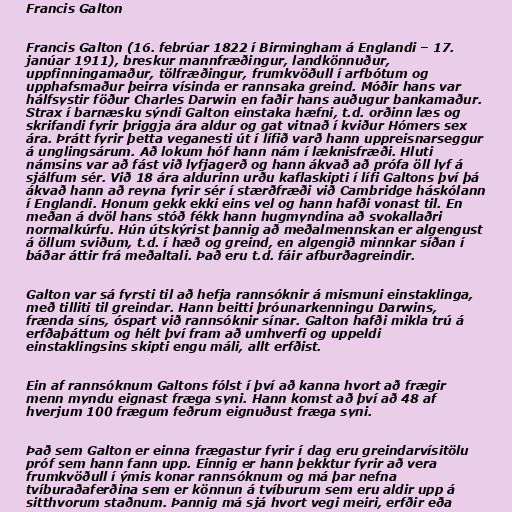
Francis Galton

Francis Galton (16. febrúar 1822 í Birmingham á Englandi – 17.
janúar 1911), breskur mannfræðingur, landkönnuður,
uppfinningamaður, tölfræðingur, frumkvöðull í arfbótum og
upphafsmaður þeirra vísinda er rannsaka greind. Móðir hans var
hálfsystir föður Charles Darwin en faðir hans auðugur bankamaður.
Strax í barnæsku sýndi Galton einstaka hæfni, t.d. orðinn læs og
skrifandi fyrir þriggja ára aldur og gat vitnað í kviður Hómers sex
ára. Þrátt fyrir þetta veganesti út í lífið varð hann uppreisnarseggur
á unglingsárum. Að lokum hóf hann nám í læknisfræði. Hluti
námsins var að fást við lyfjagerð og hann ákvað að prófa öll lyf á
sjálfum sér. Við 18 ára aldurinn urðu kaflaskipti í lífi Galtons því þá
ákvað hann að reyna fyrir sér í stærðfræði við Cambridge háskólann
í Englandi. Honum gekk ekki eins vel og hann hafði vonast til. En
meðan á dvöl hans stóð fékk hann hugmyndina að svokallaðri
normalkúrfu. Hún útskýrist þannig að meðalmennskan er algengust
á öllum sviðum, t.d. í hæð og greind, en algengið minnkar síðan í
báðar áttir frá meðaltali. Það eru t.d. fáir afburðagreindir.

Galton var sá fyrsti til að hefja rannsóknir á mismuni einstaklinga,
með tilliti til greindar. Hann beitti þróunarkenningu Darwins,
frænda síns, óspart við rannsóknir sínar. Galton hafði mikla trú á
erfðaþáttum og hélt því fram að umhverfi og uppeldi
einstaklingsins skipti engu máli, allt erfðist.

Ein af rannsóknum Galtons fólst í því að kanna hvort að frægir
menn myndu eignast fræga syni. Hann komst að því að 48 af
hverjum 100 frægum feðrum eignuðust fræga syni.

Það sem Galton er einna frægastur fyrir í dag eru greindarvísitölu
próf sem hann fann upp. Einnig er hann þekktur fyrir að vera
frumkvöðull í ýmis konar rannsóknum og má þar nefna
tvíburaðaferðina sem er könnun á tvíburum sem eru aldir upp á
sitthvorum staðnum. Þannig má sjá hvort vegi meiri, erfðir eða